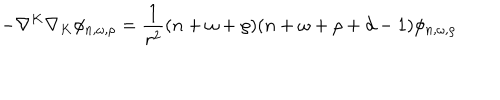
LaTeX: - \nabla ^ { K } \nabla _ { K } \phi _ { n , \omega , \rho } = { \frac { 1 } { r ^ { 2 } } } ( n + \omega + \rho ) ( n + \omega + \rho + d - 1 ) \phi _ { n , \omega , \rho }